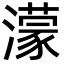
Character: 濛